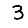
Digit: 3